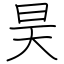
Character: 昊